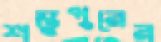
শম্ভুপুরের